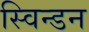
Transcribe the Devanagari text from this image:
स्विन्डन